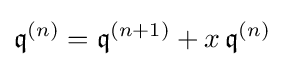
{\mathfrak {q}}^{(n)}={\mathfrak {q}}^{(n+1)}+x\,{\mathfrak {q}}^{(n)}